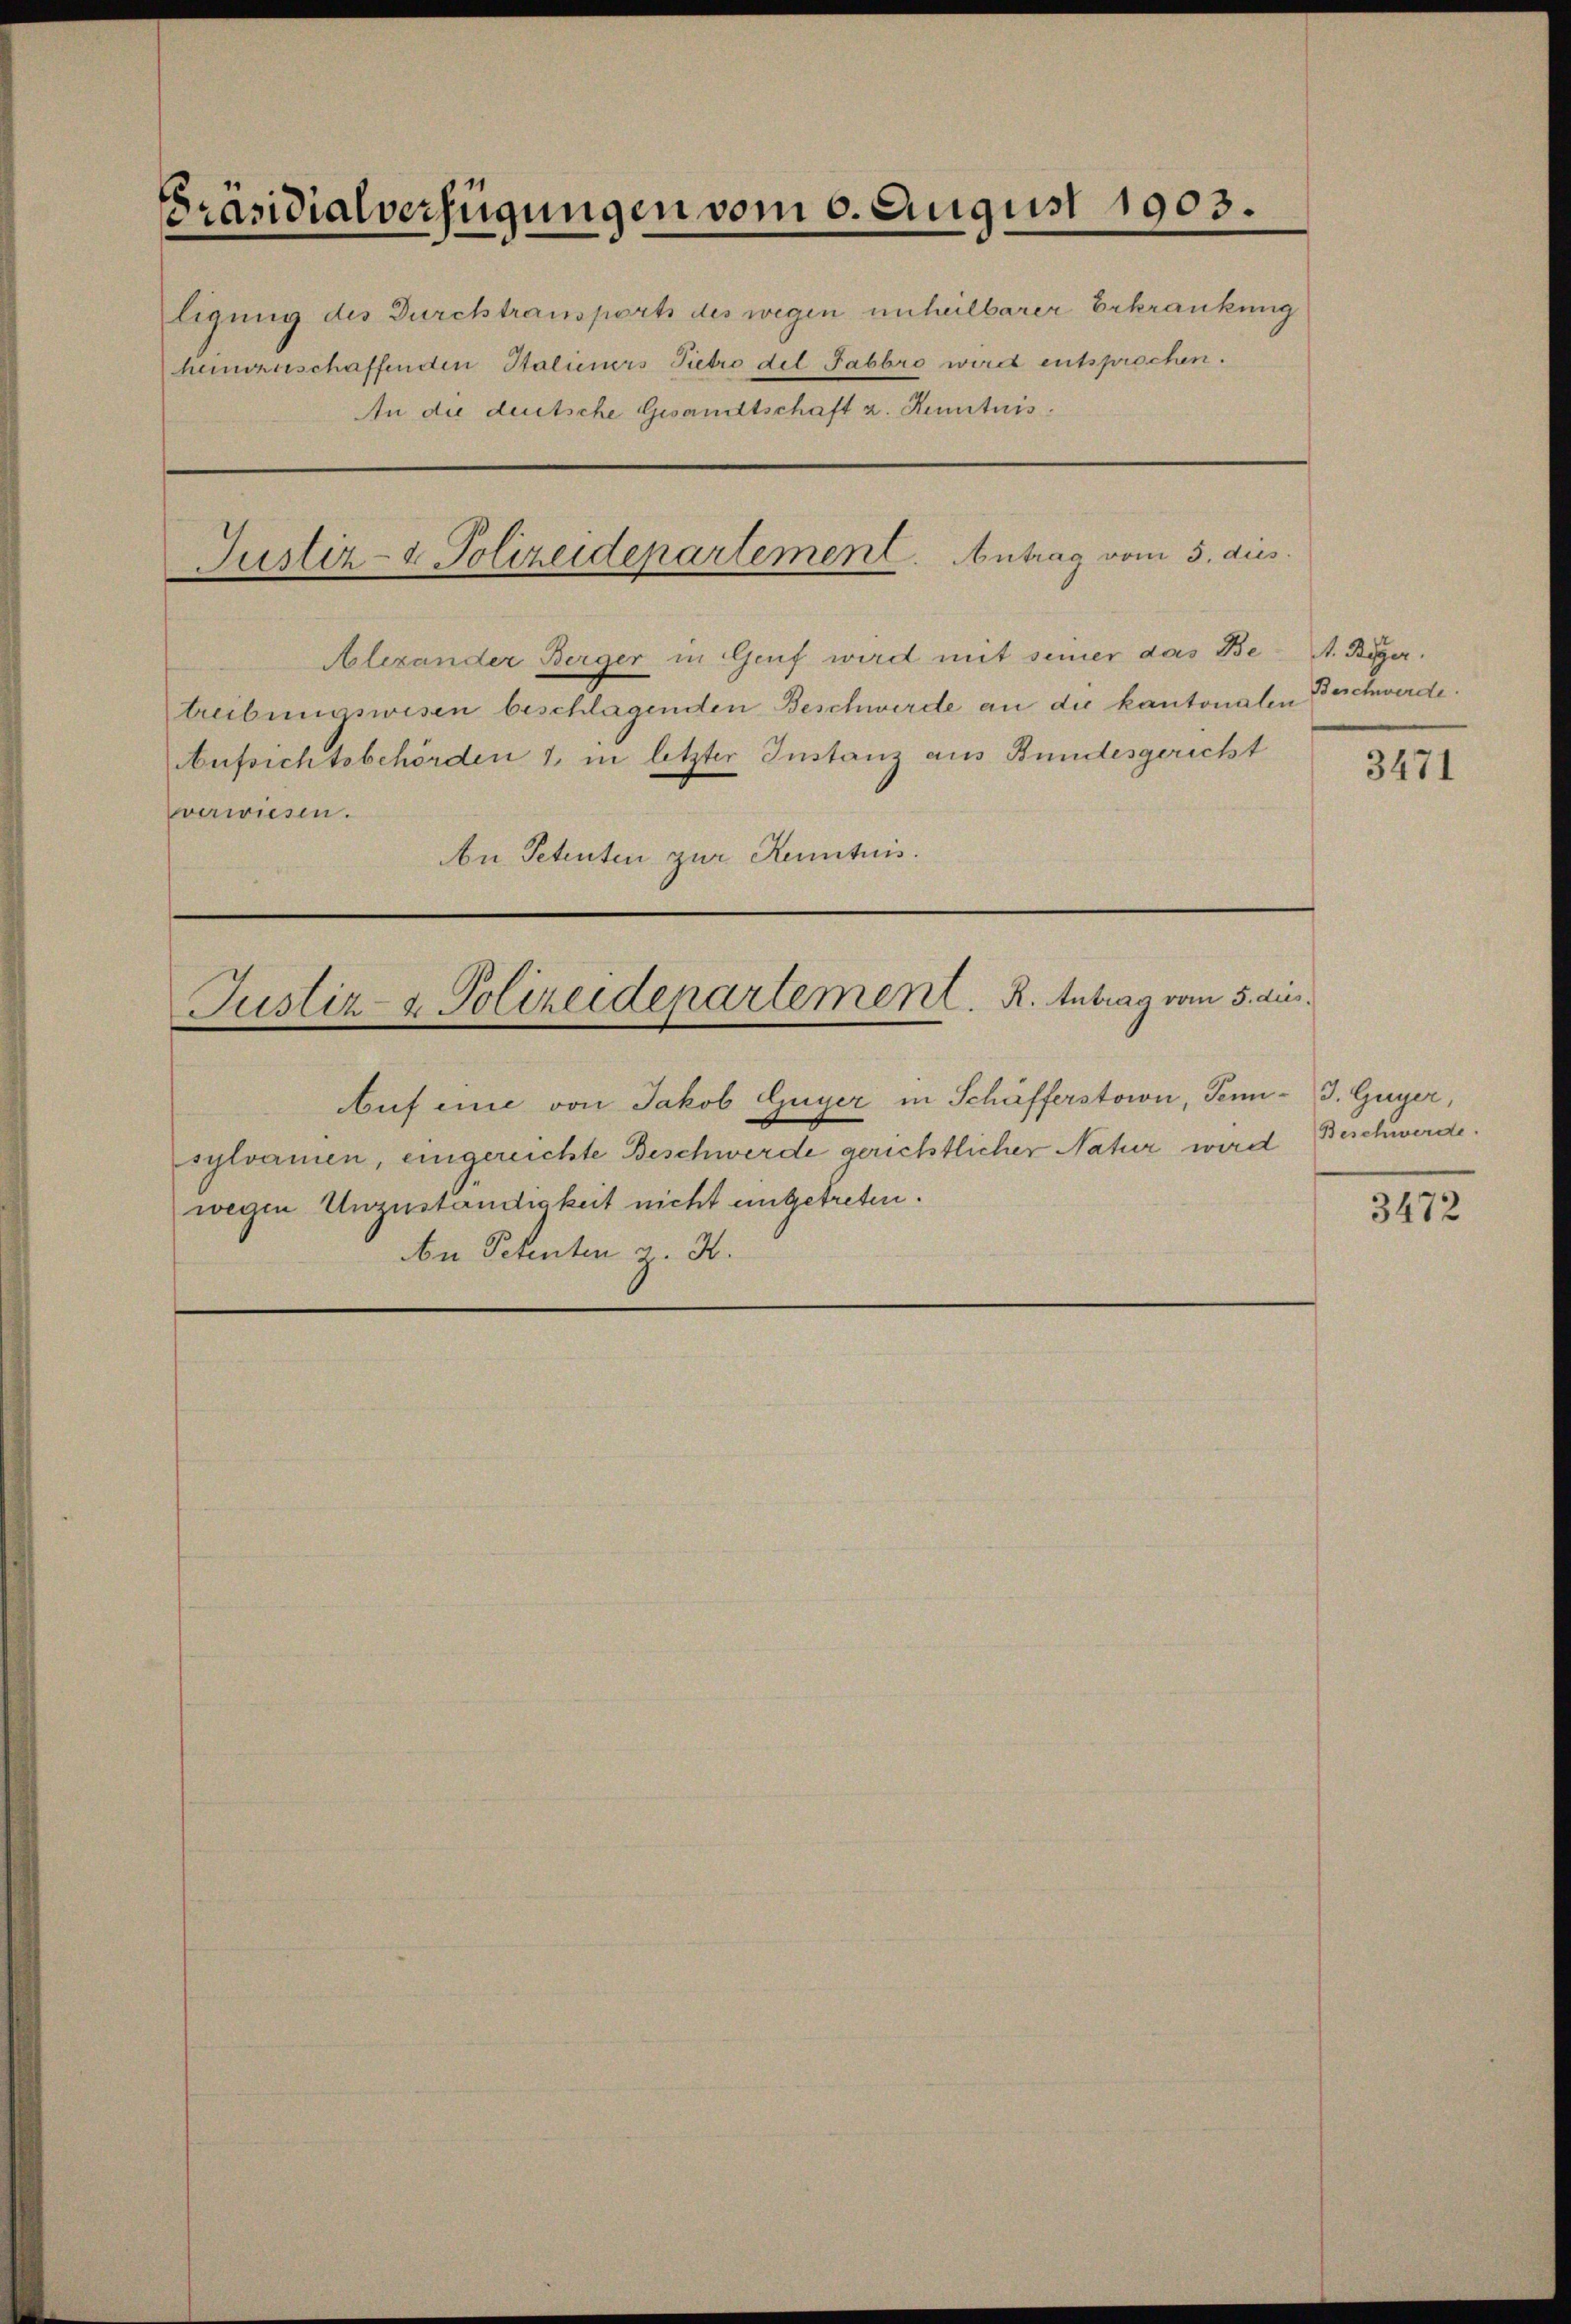
Präsidialverfügungen vom 6. August 1903.

ligung des Durchtransports des wegen unheilbarer Erkrankung
heimenschaffenden Stalieners Pietro del Fabbro wird entsprochen.
An die deutsche Gesandtschaft z. Kenntnis.

Justiz- & Polizeidepartement. Antrag vom 5. dies

Alexander Berger in Genf wird mit seiner das Be- A. Beger.
treibungswesen beschlagenden Beschwerde an die kantonalen
Aufsichtsbehörden 1, in letzter Instanz aus Bundesgericht
verwiesen.
An Petenten zur Kenntnis.

Justiz- & Polizeidepartement. R. Antrag vom 5. dies

Auf eine von Jakob Guyer in Schäfferstori, Tenn.
sylvamen, eingereichte Beschwerde gerichtlicher Natur wird
wegen Unzuständigkeit nicht ungetreten.
An Petenten z. B.

Beschwerde.

3471

J. Guyer,
Beschwerde.

3472